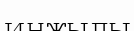
инжылы